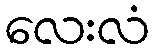
လေးလံ